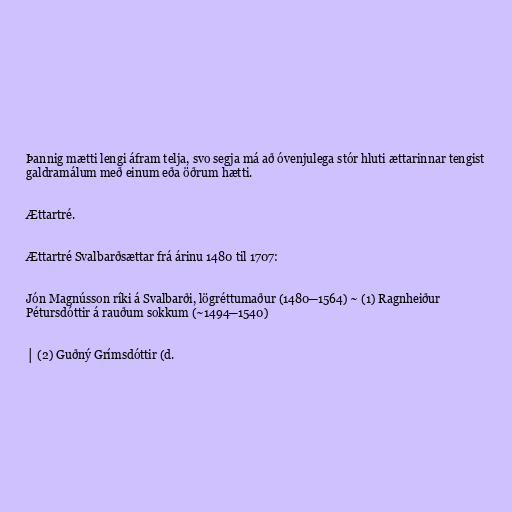
Þannig mætti lengi áfram telja, svo segja má að óvenjulega stór hluti ættarinnar tengist
galdramálum með einum eða öðrum hætti.

Ættartré.

Ættartré Svalbarðsættar frá árinu 1480 til 1707:

Jón Magnússon ríki á Svalbarði, lögréttumaður (1480─1564) ~ (1) Ragnheiður
Pétursdóttir á rauðum sokkum (~1494─1540)

│ (2) Guðný Grímsdóttir (d.